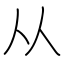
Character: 从